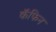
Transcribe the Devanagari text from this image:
कॅफिन